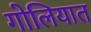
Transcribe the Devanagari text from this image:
गोलियात